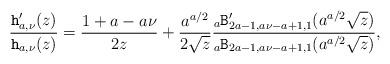
LaTeX: \begin{align*}\frac{\mathtt{h}_{a, \nu}'(z)}{\mathtt{h}_{a, \nu}(z)}= \frac{1+a-a \nu}{2z}+\frac{ a^{a/2}}{2 \sqrt{z}} \frac{{}_a\mathtt{B}_{2a-1, a \nu-a+1, 1}'(a^{a/2} \sqrt{z})}{{}_a\mathtt{B}_{2a-1, a \nu-a+1, 1}(a^{a/2} \sqrt{z})},\end{align*}